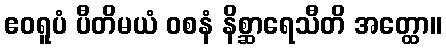
ဧဝရူပံ ပီတိမယံ ဝစနံ နိစ္ဆာရေသီတိ အတ္ထော။